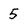
Character: 5